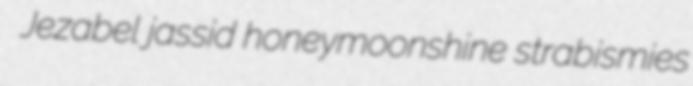
Jezabel jassid honeymoonshine strabismies